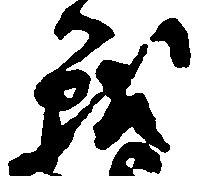
戦